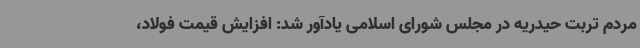
مردم تربت حیدریه در مجلس شورای اسلامی یادآور شد: افزایش قیمت فولاد،